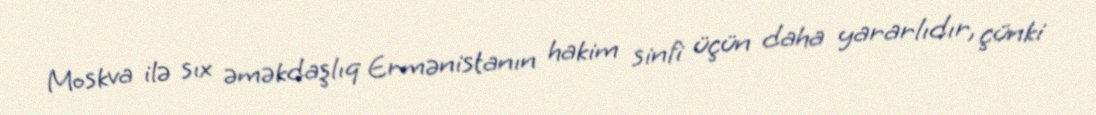
Moskva ilə sıx əməkdaşlıq Ermənistanın hakim sinfi üçün daha yararlıdır, çünki